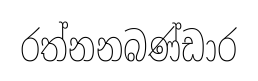
රත්නනබණ්ඩාර